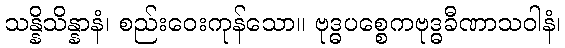
သန္နိသိန္နာနံ၊ စည်းဝေးကုန်သော။ ဗုဒ္ဓပစ္စေကဗုဒ္ဓခီဏာသဝါနံ၊